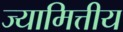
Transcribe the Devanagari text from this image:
ज्यामित्तीय